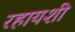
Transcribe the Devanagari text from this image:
रहायशी